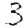
Digit: 3